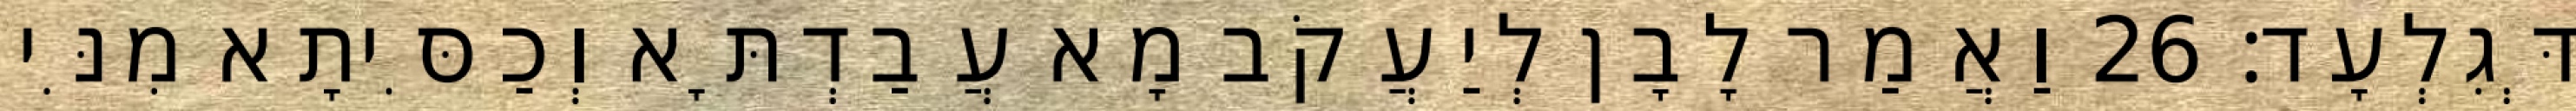
דְּגִלְעָד׃ 26 וַאֲמַר לָבָן לְיַעֲקֹב מָא עֲבַדְתָּא וְכַסִּיתָא מִנִּי